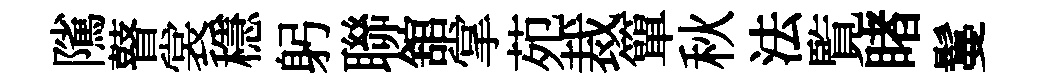
隲瞽裳穩躬聯舘掌苑裁簞秋法覧睹鬘